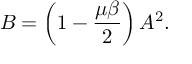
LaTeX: B = \left( 1 - \frac { \mu \beta } { 2 } \right) A ^ { 2 } .